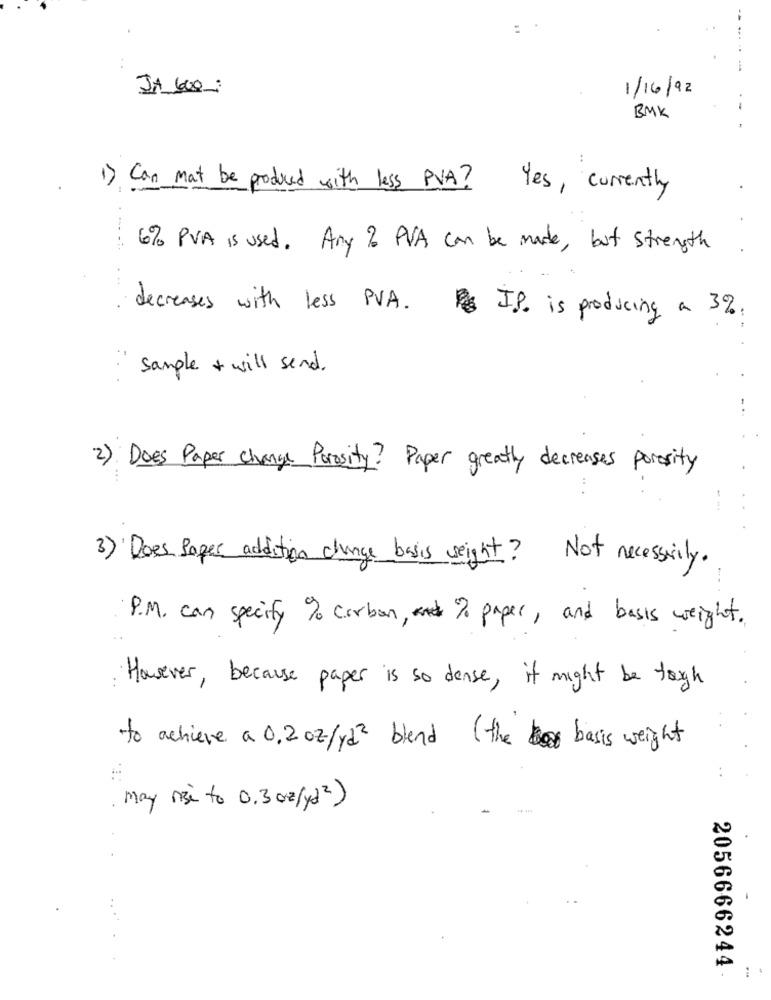
--
:
JA 600:
1/16/92
BMK
..
1)
Can mat be produced with less PVA? Yes, currently
6% PVA is used. Any % PVA can be made, but strength
decreases with less P VA.
IP. is producing a 3%.
sample + will send .
..
2) Does Paper change Porosity? Paper greatly decreases porosity
3) Does Poper addition change basis seight? Not necessily.
P.M. can specify % carbon, and % paper, and basis weight.
However, because paper is so dense, it might be tough
"to achieve a 0.2 oz / yd 2 blend ( the basis weight
may rise to 0.3 oz / ya 2 )
...
2056666244